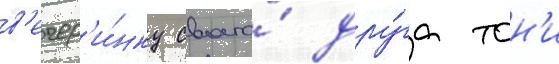
в'ечер'и́нку своего́ дру́га тон'и